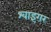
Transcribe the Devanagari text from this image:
श्वाइंगर